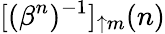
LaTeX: [(\beta^{n})^{-1}]_{\uparrow m}(n)